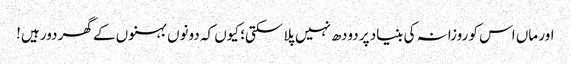
اور ماں اس کو روزانہ کی بنیاد پر دودھ نہیں پلا سکتی؛ کیوں کہ دونوں بہنوں کے گھر دور ہیں!